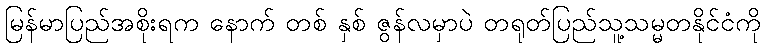
မြန်မာပြည်အစိုးရက နောက် တစ် နှစ် ဇွန်လမှာပဲ တရုတ်ပြည်သူ့သမ္မတနိုင်ငံကို